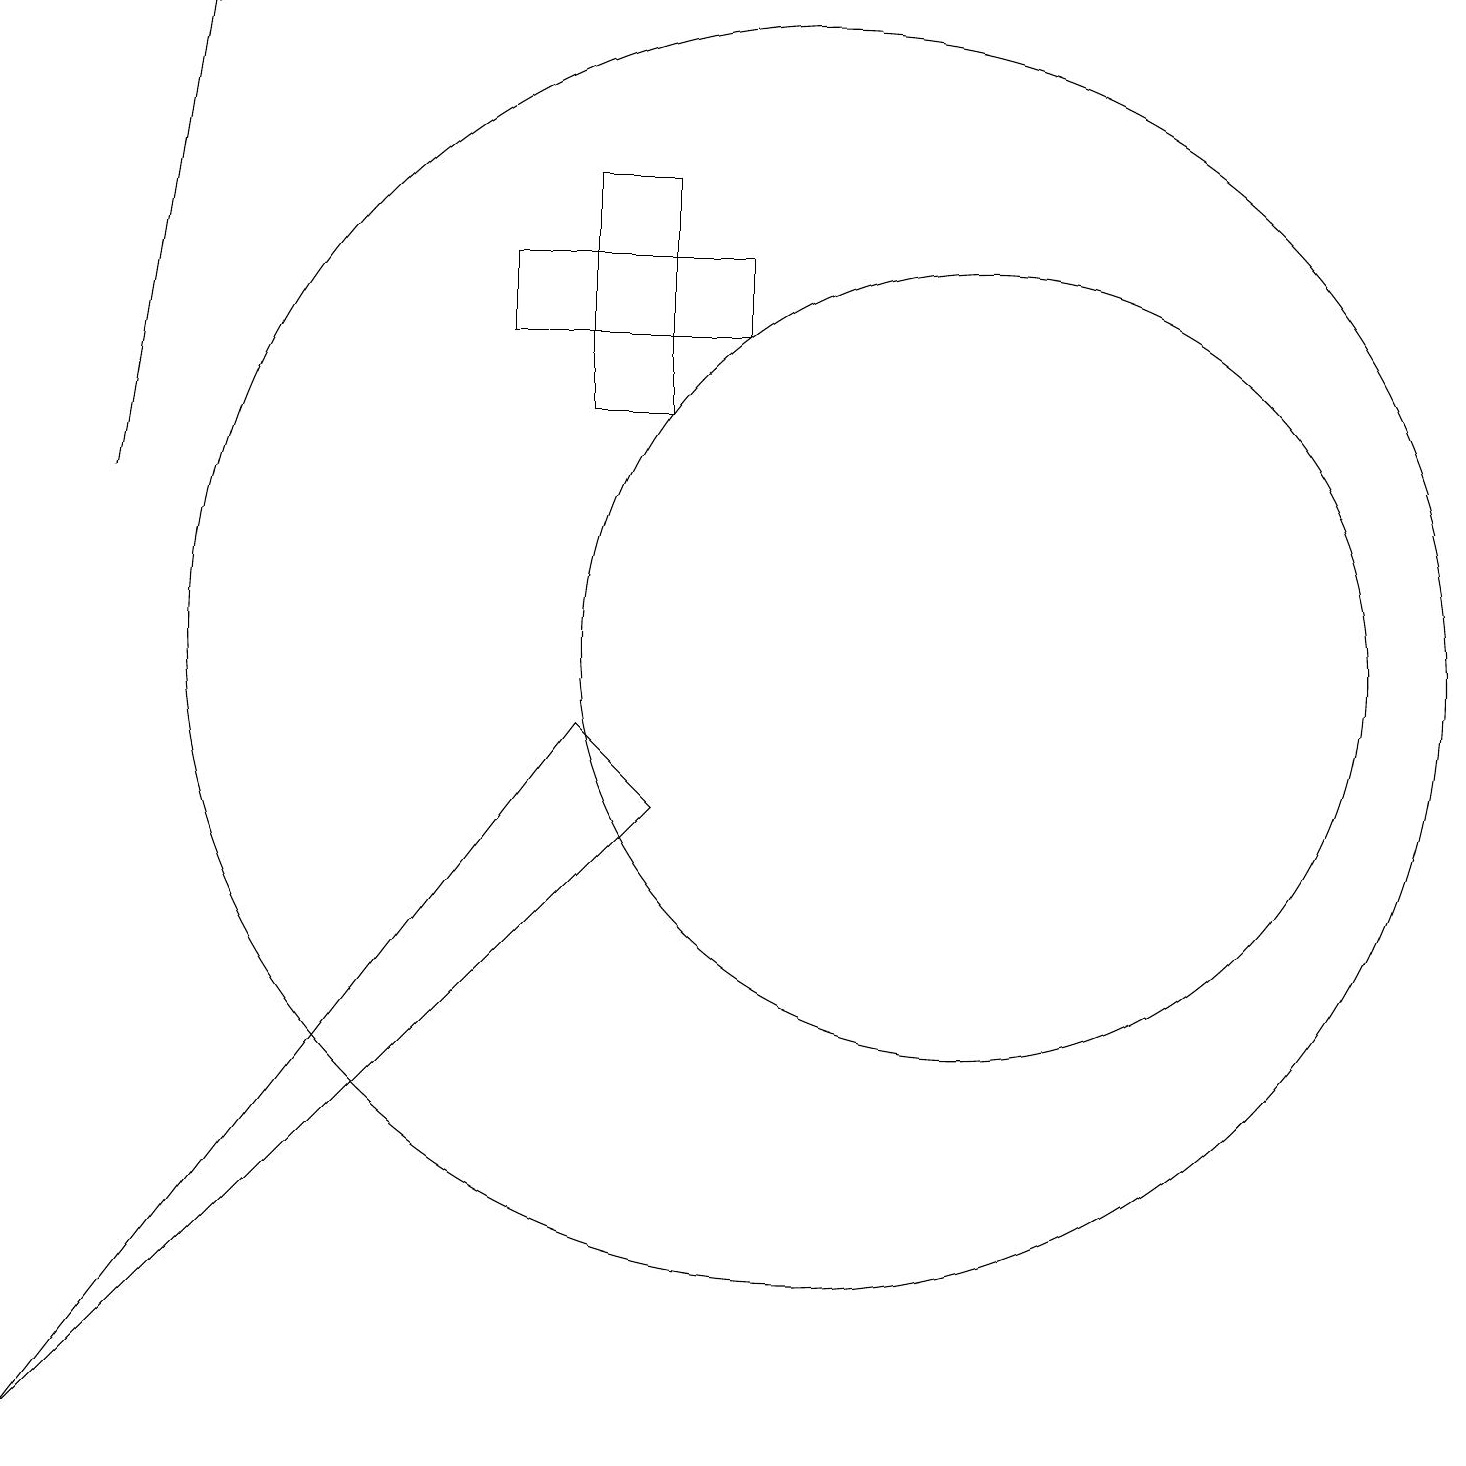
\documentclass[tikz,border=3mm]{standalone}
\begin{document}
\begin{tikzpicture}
\draw (9,15) rectangle (6,14);
\draw (10,10) circle (8);
\draw[->] (1,12) -- (2,18);
\draw (12,10) circle (5);
\draw (7,9) -- (0,0) -- (8,8) -- cycle;
\draw (7,13) rectangle (8,16);
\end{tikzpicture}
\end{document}